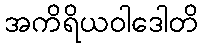
အကိရိယဝါဒေါတိ